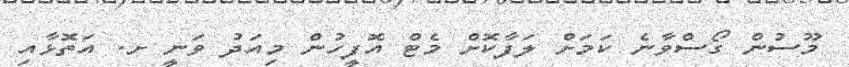
މޫސުން ގޯސްވާނެ ކަމަށް ލަފާކޮށް މެޓް އޮފީހުން މިއަދު ވަނީ ށ. އަތޮޅާއި